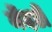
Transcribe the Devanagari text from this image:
मेंदडी